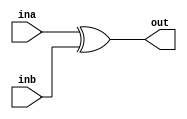
// SPDX-FileCopyrightText: SIMPLE-Crypto Contributors <info@simple-crypto.dev>
// SPDX-License-Identifier: CERN-OHL-P-2.0
// Copyright SIMPLE-Crypto Contributors.
// This source describes Open Hardware and is licensed under the CERN-OHL-P v2.
// You may redistribute and modify this source and make products using it under
// the terms of the CERN-OHL-P v2 (https://ohwr.org/cern_ohl_p_v2.txt).
// This source is distributed WITHOUT ANY EXPRESS OR IMPLIED WARRANTY, INCLUDING
// OF MERCHANTABILITY, SATISFACTORY QUALITY AND FITNESS FOR A PARTICULAR PURPOSE.
// Please see the CERN-OHL-P v2 for applicable conditions.

// Masked XOR gate.
(* keep_hierarchy = "yes", DONT_TOUCH = "yes" *)
module MSKxor #(parameter d=1, parameter count=1) (ina, inb, out);

 input  [count*d-1:0] ina, inb;
 output [count*d-1:0] out;

assign out = ina ^ inb;

endmodule